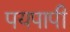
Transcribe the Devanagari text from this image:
पयपापी